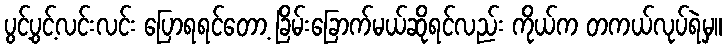
ပွင့်ပွင့်လင်းလင်း ပြောရရင်တော့ ခြိမ်းခြောက်မယ်ဆိုရင်လည်း ကိုယ်က တကယ်လုပ်ရဲမှ။